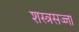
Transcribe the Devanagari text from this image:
शस्त्रसज्जा